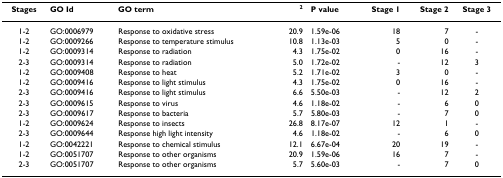
<table><thead><tr><td><b>Stages</b></td><td><b>GO Id</b></td><td><b>GO term</b></td><td><b>χ<sup>2</sup></b></td><td><b>P value</b></td><td><b>Stage 1</b></td><td><b>Stage 2</b></td><td><b>Stage 3</b></td></tr></thead><tbody><tr><td>1-2</td><td>GO:0006979</td><td>Response to oxidative stress</td><td>20.9</td><td>1.59e-06</td><td>18</td><td>7</td><td>-</td></tr><tr><td>1-2</td><td>GO:0009266</td><td>Response to temperature stimulus</td><td>10.8</td><td>1.13e-03</td><td>5</td><td>0</td><td>-</td></tr><tr><td>1-2</td><td>GO:0009314</td><td>Response to radiation</td><td>4.3</td><td>1.75e-02</td><td>0</td><td>16</td><td>-</td></tr><tr><td>2-3</td><td>GO:0009314</td><td>Response to radiation</td><td>5.0</td><td>1.72e-02</td><td>-</td><td>12</td><td>3</td></tr><tr><td>1-2</td><td>GO:0009408</td><td>Response to heat</td><td>5.2</td><td>1.71e-02</td><td>3</td><td>0</td><td>-</td></tr><tr><td>1-2</td><td>GO:0009416</td><td>Response to light stimulus</td><td>4.3</td><td>1.75e-02</td><td>0</td><td>16</td><td>-</td></tr><tr><td>2-3</td><td>GO:0009416</td><td>Response to light stimulus</td><td>6.6</td><td>5.50e-03</td><td>-</td><td>12</td><td>2</td></tr><tr><td>2-3</td><td>GO:0009615</td><td>Response to virus</td><td>4.6</td><td>1.18e-02</td><td>-</td><td>6</td><td>0</td></tr><tr><td>2-3</td><td>GO:0009617</td><td>Response to bacteria</td><td>5.7</td><td>5.80e-03</td><td>-</td><td>7</td><td>0</td></tr><tr><td>1-2</td><td>GO:0009624</td><td>Response to insects</td><td>26.8</td><td>8.17e-07</td><td>12</td><td>1</td><td>-</td></tr><tr><td>2-3</td><td>GO:0009644</td><td>Response high light intensity</td><td>4.6</td><td>1.18e-02</td><td>-</td><td>6</td><td>0</td></tr><tr><td>1-2</td><td>GO:0042221</td><td>Response to chemical stimulus</td><td>12.1</td><td>6.67e-04</td><td>20</td><td>19</td><td>-</td></tr><tr><td>1-2</td><td>GO:0051707</td><td>Response to other organisms</td><td>20.9</td><td>1.59e-06</td><td>16</td><td>7</td><td>-</td></tr><tr><td>2-3</td><td>GO:0051707</td><td>Response to other organisms</td><td>5.7</td><td>5.60e-03</td><td>-</td><td>7</td><td>0</td></tr></tbody></table>